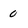
Character: 0